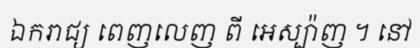
ឯករាជ្យ ពេញលេញ ពី អេស្ប៉ាញ ។ នៅ